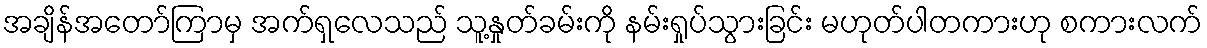
အချိန်အတော်ကြာမှ အက်ရှလေသည် သူ့နှုတ်ခမ်းကို နမ်းရှုပ်သွားခြင်း မဟုတ်ပါတကားဟု စကားလက်